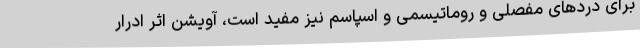
برای درد‌های مفصلی و روماتیسمی و اسپاسم نیز مفید است، آویشن اثر ادرار